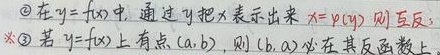
\textcircled{2} 在 \(y = f(x)\) 中，通过 \(y\) 把 \(x\) 表示出来 \(x = \varphi(y)\) 则得到反函数；※
\textcircled{3} 若 \(y = f(x)\) 上有点 \((a,b)\)，则 \((b,a)\) 必在其反函数上。